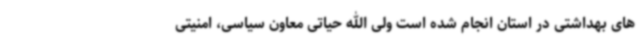
های بهداشتی در استان انجام شده است ولی الله حیاتی معاون سیاسی، امنیتی